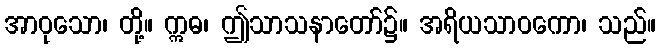
အာဝုသော၊ တို့။ ဣဓ၊ ဤသာသနာတော်၌။ အရိယသာဝကော၊ သည်။